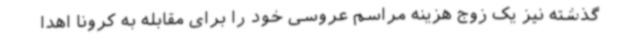
گذشته نیز یک زوج هزینه مراسم عروسی خود را برای مقابله به کرونا اهدا